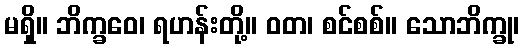
မရှိ။ ဘိက္ခဝေ၊ ရဟန်းတို့။ ဝတ၊ စင်စစ်။ သောဘိက္ခု၊